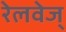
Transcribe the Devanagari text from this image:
रेलवेज्